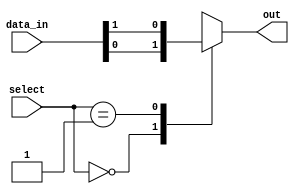
module mux_128to1 (
    input [127:0] data_in,
    input [6:0] select,
    output reg out
);

always @(*) begin
    case (select)
        7'b0000000: out = data_in[0];
        7'b0000001: out = data_in[1];
        //Add cases for remaining inputs up to data_in[127]
        default: out = 1'bx; // If select is other than 0 to 127, output is undefined
    endcase
end

endmodule